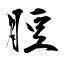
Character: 脰